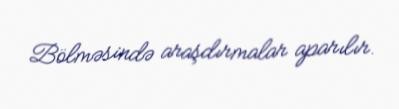
Bölməsində araşdırmalar aparılır.